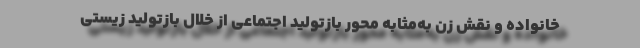
خانواده و نقش زن به‌مثابه محور بازتولید اجتماعی از خلال بازتولید زیستی